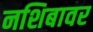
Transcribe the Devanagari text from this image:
नशिबावर